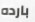
بارده